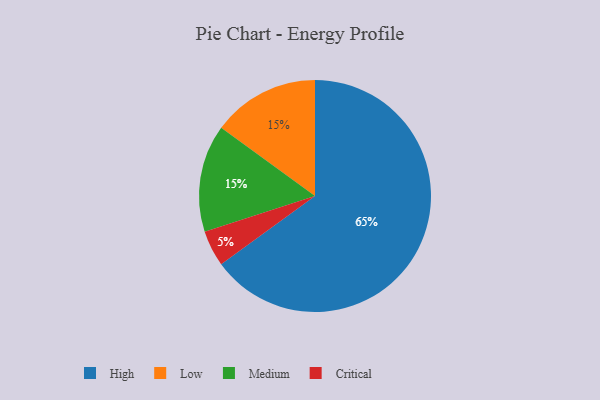
{"axis": {"x": "Category", "y": "Percentage"}, "legend": ["Critical", "High", "Low", "Medium"], "data": [{"x": "Low", "y": 15, "type": "Low"}, {"x": "High", "y": 65, "type": "High"}, {"x": "Medium", "y": 15, "type": "Medium"}, {"x": "Critical", "y": 5, "type": "Critical"}]}